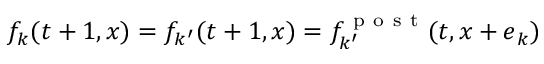
f _ { k } ( t + 1 , \boldsymbol { x } ) = f _ { k ^ { \prime } } ( t + 1 , \boldsymbol { x } ) = f _ { k ^ { \prime } } ^ { \mathrm { ~ p ~ o ~ s ~ t ~ } } ( t , \boldsymbol { x } + \boldsymbol { e } _ { k } )